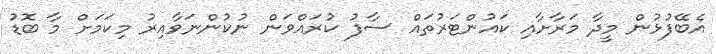
އެބޭފުޅުން މީދާ މަރާށާއި ކައުންޓަރުތައް ސާފު ކުރައްވަން ނުކުންނަވާއިރު މިކަމަށް މާ ބޮޑު